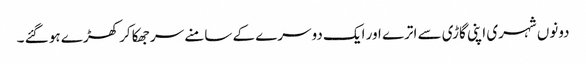
دونوں شہری اپنی گاڑی سے اترے اور ایک دوسرے کے سامنے سر جھکا کر کھڑے ہو گئے ۔